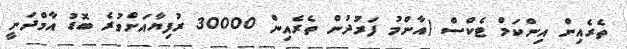
ތެރެއިން އިންކަމް ޓެކްސް (އާންމު ފަރުދުން ތެރެއިން 30000 ރުފިޔާއަށްވުރެ ބޮޑު އާމްދަނީ